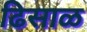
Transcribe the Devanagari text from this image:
ढिसाळ